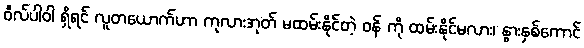
ဝီလ်ပါဝါ ရှိရင် လူတယောက်ဟာ ကုလားအုတ် မထမ်းနိုင်တဲ့ ဝန် ကို ထမ်းနိုင်မလား၊ နွားနှစ်ကောင်